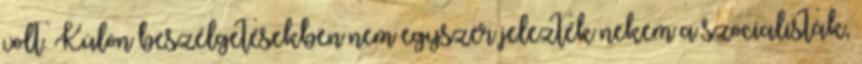
volt. Külön beszélgetésekben nem egyszer jelezték nekem a szocialisták,